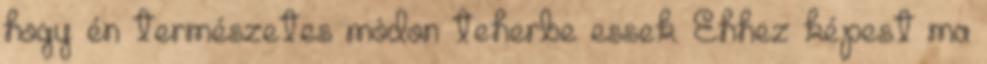
hogy én természetes módon teherbe essek. Ehhez képest ma